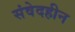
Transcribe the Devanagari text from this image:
संवेदहीन